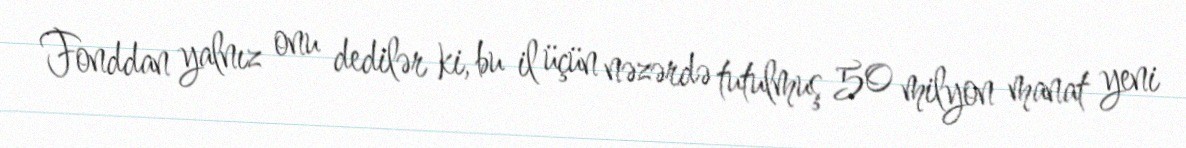
Fonddan yalnız onu dedilər ki, bu il üçün nəzərdə tutulmuş 50 milyon manat yeni